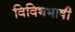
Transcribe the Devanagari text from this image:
विविधभाषी